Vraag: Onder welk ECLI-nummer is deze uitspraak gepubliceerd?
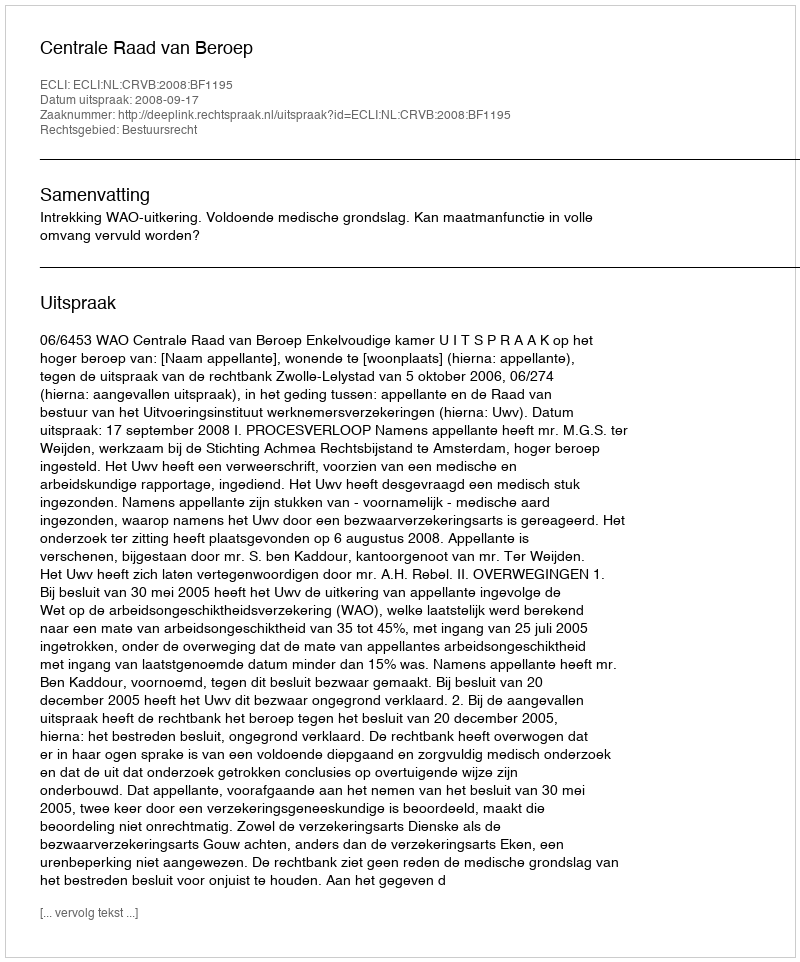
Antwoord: ECLI:NL:CRVB:2008:BF1195